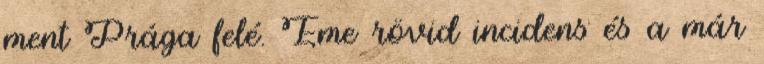
ment Prága felé. Eme rövid incidens és a már